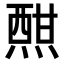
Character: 𤍰